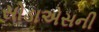
સોડાએસની